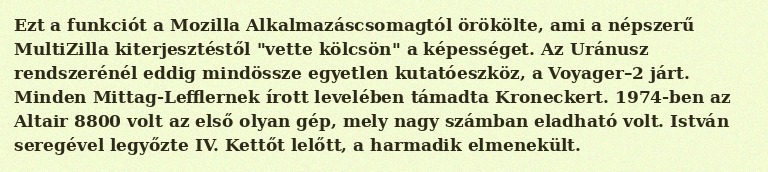
Ezt a funkciót a Mozilla Alkalmazáscsomagtól örökölte, ami a népszerű MultiZilla kiterjesztéstől "vette kölcsön" a képességet. Az Uránusz rendszerénél eddig mindössze egyetlen kutatóeszköz, a Voyager–2 járt. Minden Mittag-Lefflernek írott levelében támadta Kroneckert. 1974-ben az Altair 8800 volt az első olyan gép, mely nagy számban eladható volt. István seregével legyőzte IV. Kettőt lelőtt, a harmadik elmenekült.